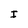
Character: I